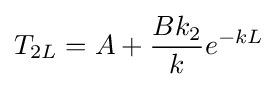
T_{2L}=A+{\frac {Bk_{2}}{k}}e^{-kL}